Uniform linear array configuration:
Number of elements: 12
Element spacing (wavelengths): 0.75
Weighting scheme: hann
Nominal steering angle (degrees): -60
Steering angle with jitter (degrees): -60.809
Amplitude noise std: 0.05
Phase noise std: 0.05

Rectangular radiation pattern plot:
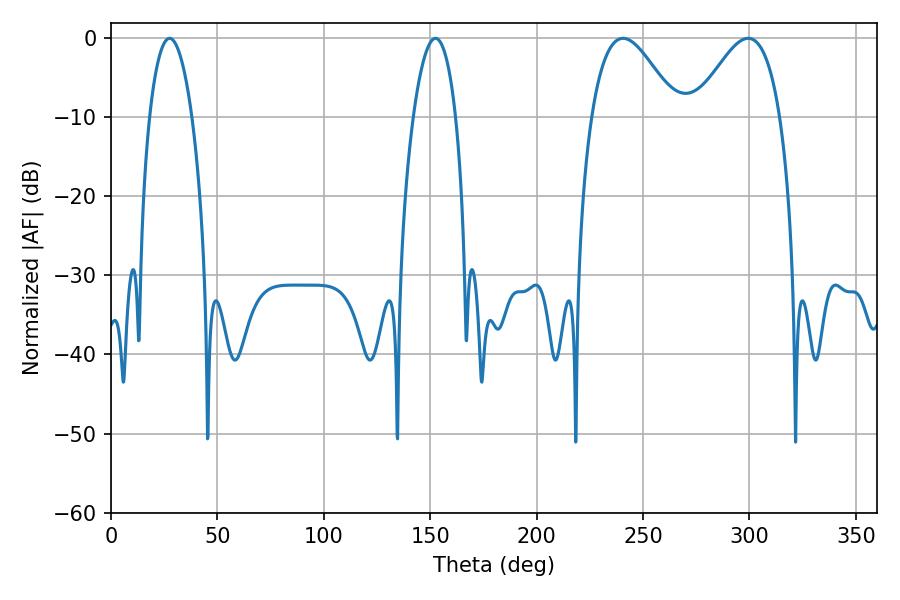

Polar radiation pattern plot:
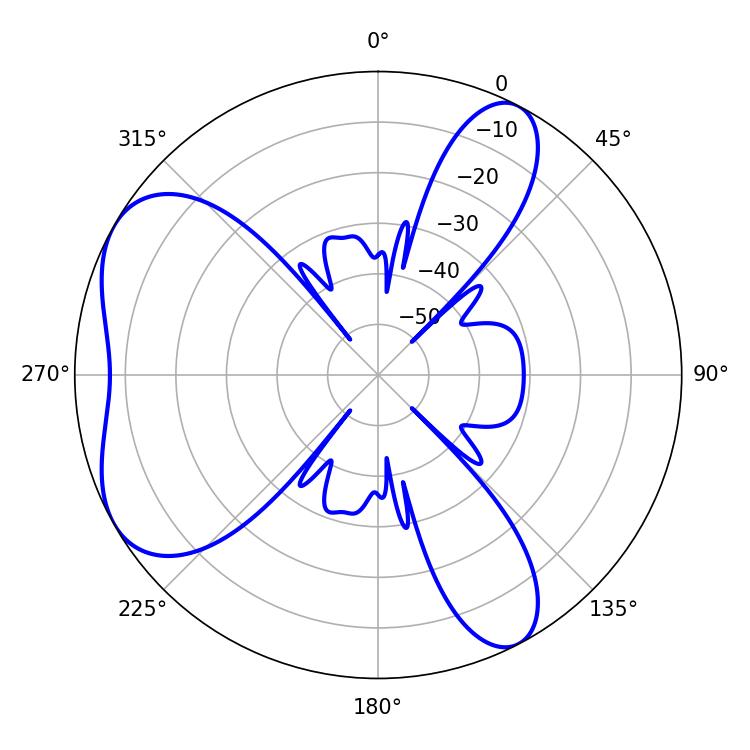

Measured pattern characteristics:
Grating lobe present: TRUE
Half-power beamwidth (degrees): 11.16
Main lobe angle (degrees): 27.54